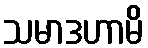
သမာဒဟာမိ